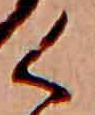
く